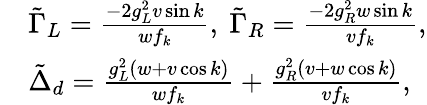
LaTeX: \begin{array}{rl}&{\tilde{\Gamma}_{L}=\frac{-2g_{L}^{2}v\sin k}{wf_{k}},~\tilde{\Gamma}_{R}=\frac{-2g_{R}^{2}w\sin k}{vf_{k}},}\\ &{\tilde{\Delta}_{d}=\frac{g_{L}^{2}(w+v\cos k)}{wf_{k}}+\frac{g_{R}^{2}(v+w\cos k)}{vf_{k}},}\end{array}